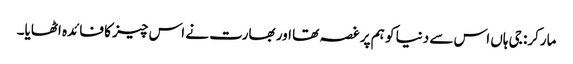
مارکر: جی ہاں اس سے دنیا کو ہم پر غصہ تھا اور بھارت نے اس چیز کا فائدہ اٹھایا۔